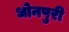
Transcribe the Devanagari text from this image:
धोनपुरी